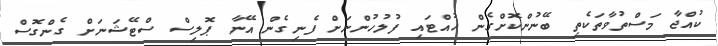
ކުއްޖާ މަސްތުވާތަކެތި ބޭނުންކޮށްގެން ހުއްޓައި ފުލުހުންނަށް ފެނިގެން އޭނާ ޕޮލިސް ސްޓޭޝަނަށް ގެންގޮސް